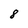
Character: 8